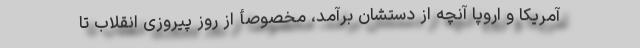
آمریکا و اروپا آنچه از دستشان برآمد، مخصوصأ از روز پیروزی انقلاب تا